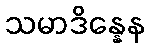
သမာဒိန္နေန